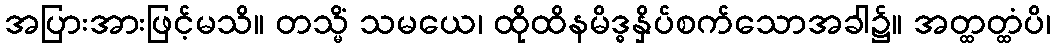
အပြားအားဖြင့်မသိ။ တသ္မိံ သမယေ၊ ထိုထိနမိဒ္ဓနှိပ်စက်သောအခါ၌။ အတ္ထတ္ထံပိ၊